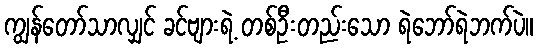
ကျွန်တော်သာလျှင် ခင်ဗျားရဲ့ တစ်ဦးတည်းသော ရဲဘော်ရဲဘက်ပဲ။